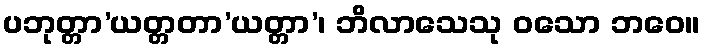
ပဘုတ္တာ’ယတ္တတာ’ယတ္တာ’၊ ဘိလာသေသု ဝသော ဘဝေ။